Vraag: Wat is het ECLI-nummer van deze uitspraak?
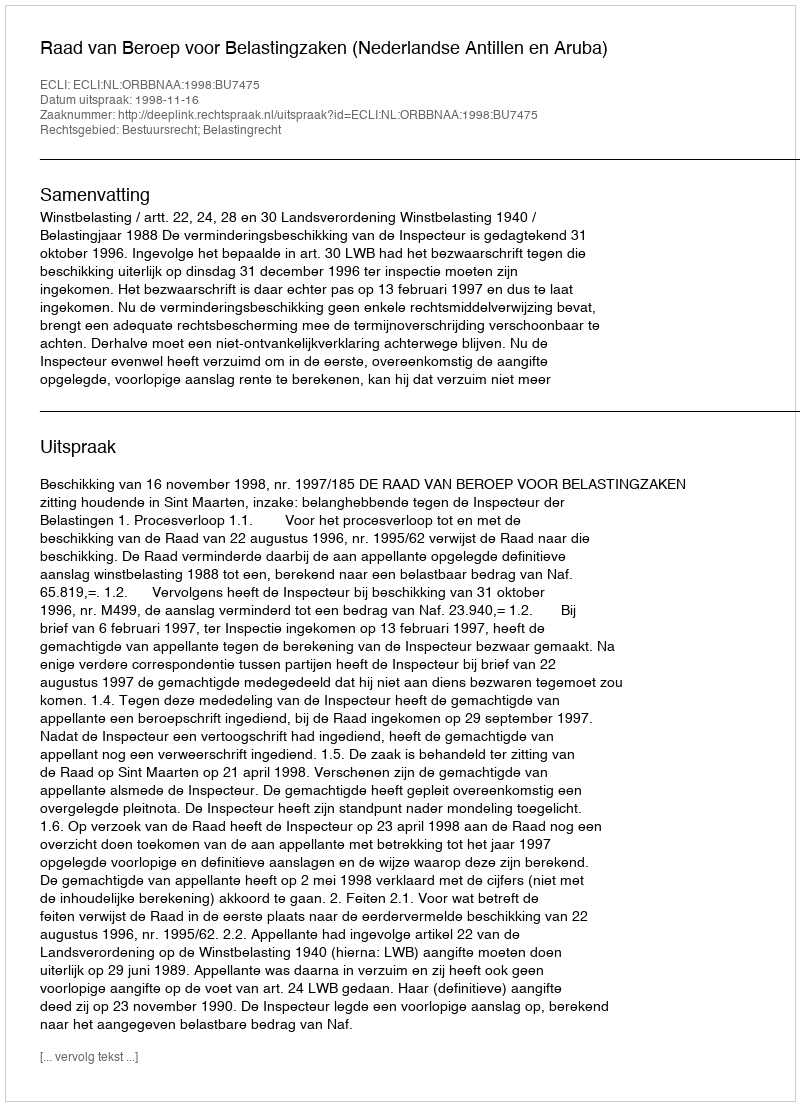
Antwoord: ECLI:NL:ORBBNAA:1998:BU7475